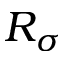
R _ { \sigma }